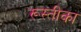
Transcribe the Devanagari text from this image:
रूस्तीका